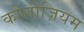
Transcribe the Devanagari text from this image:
कोलीज़ियम